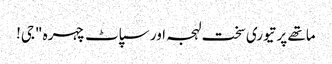
ماتھے پر تیوری سخت لہجہ اور سپاٹ چہرہ "جی!